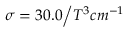
\sigma = { 3 0 . 0 \mathord { \left/ { \vphantom { 3 0 . 0 T ^ { 3 } } } \right. \kern - \nulldelimiterspace } T ^ { 3 } } c m ^ { - 1 }